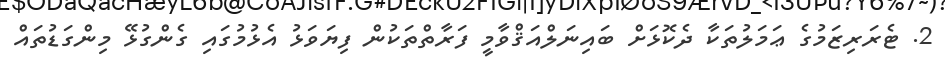
2. ޓެރަރިޒަމުގެ ޢަމަލުތަކާ ދެކޮޅަށް ބައިނަލްއަޤްވާމީ ފަރާތްތަކުން ފިޔަވަޅު އެޅުމުގައި ގެންގުޅޭ މިންގަޑުތައް